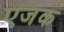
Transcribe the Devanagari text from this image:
एजंक